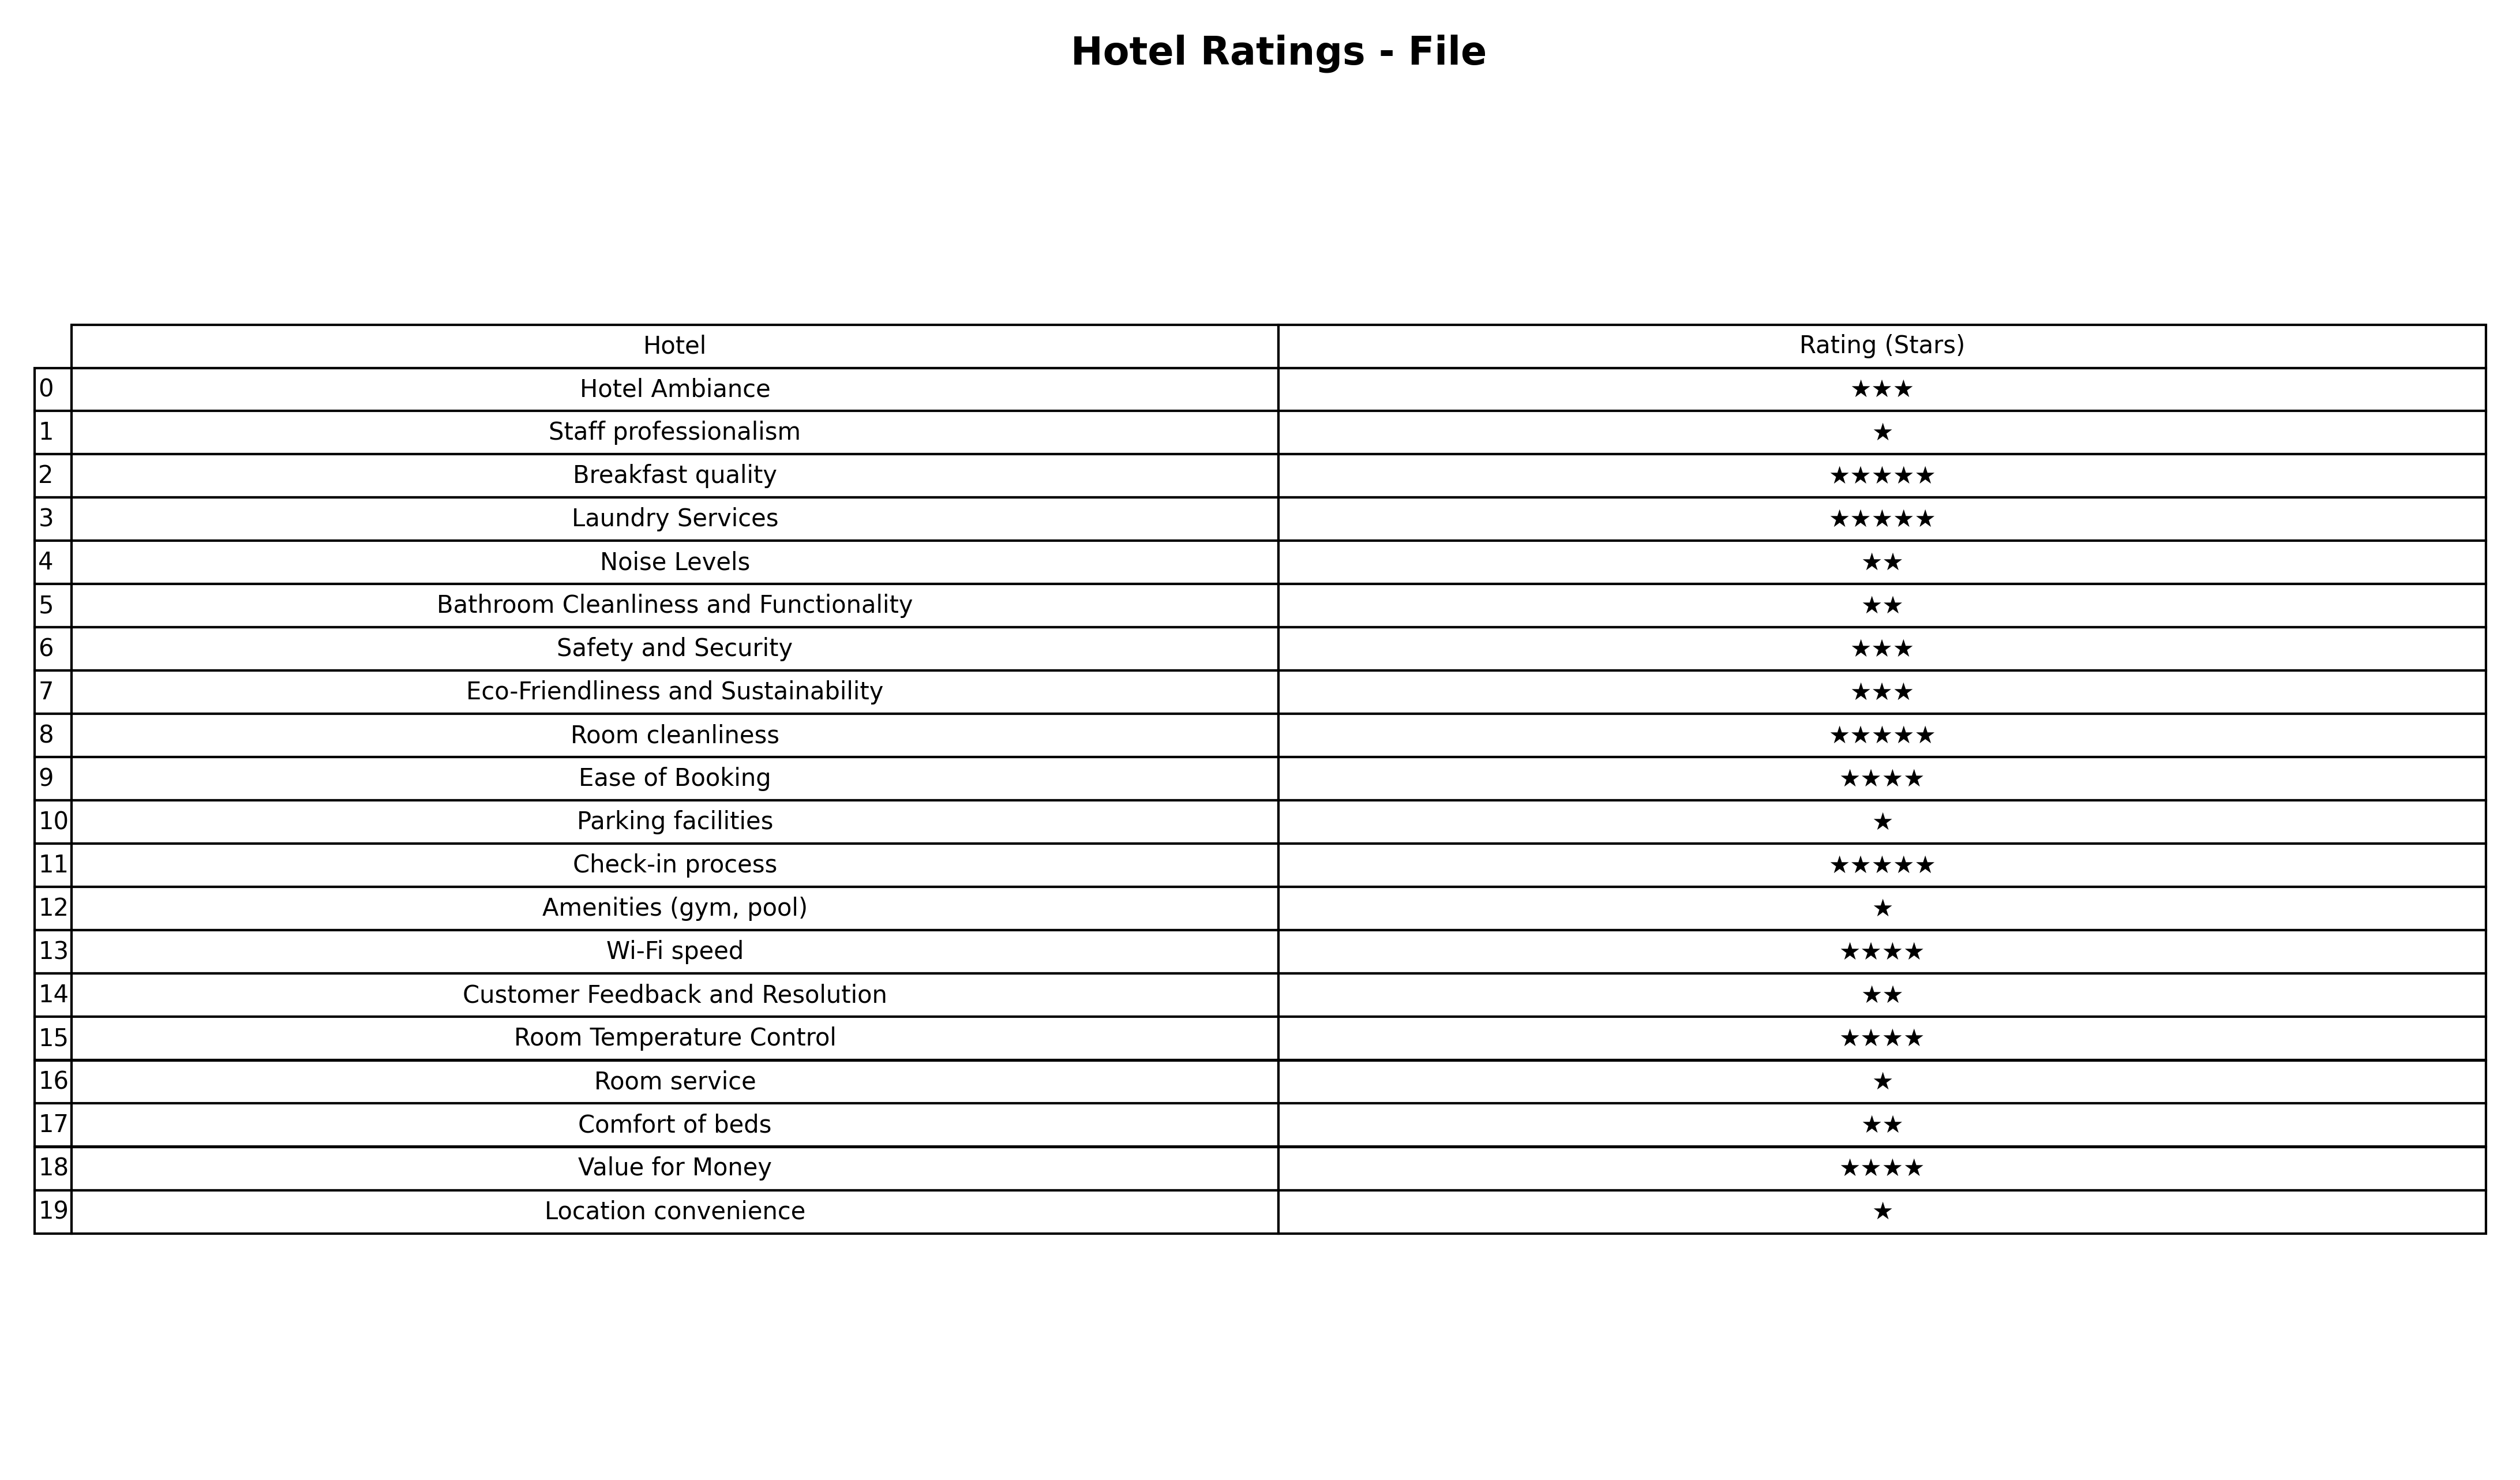
question: What is the rating of Ease of Booking?
answer: ★★★★